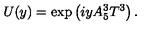
U ( y ) = \exp \left( i y A _ { 5 } ^ { 3 } T ^ { 3 } \right) .